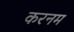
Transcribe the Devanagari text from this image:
करनम